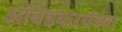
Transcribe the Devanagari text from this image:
आंबेडकरयंच्या